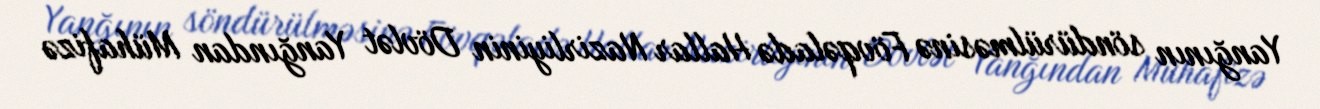
Yanğının söndürülməsinə Fövqəladə Hallar Nazirliyinin Dövlət Yanğından Mühafizə